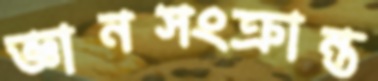
জ্ঞানসংক্রান্ত